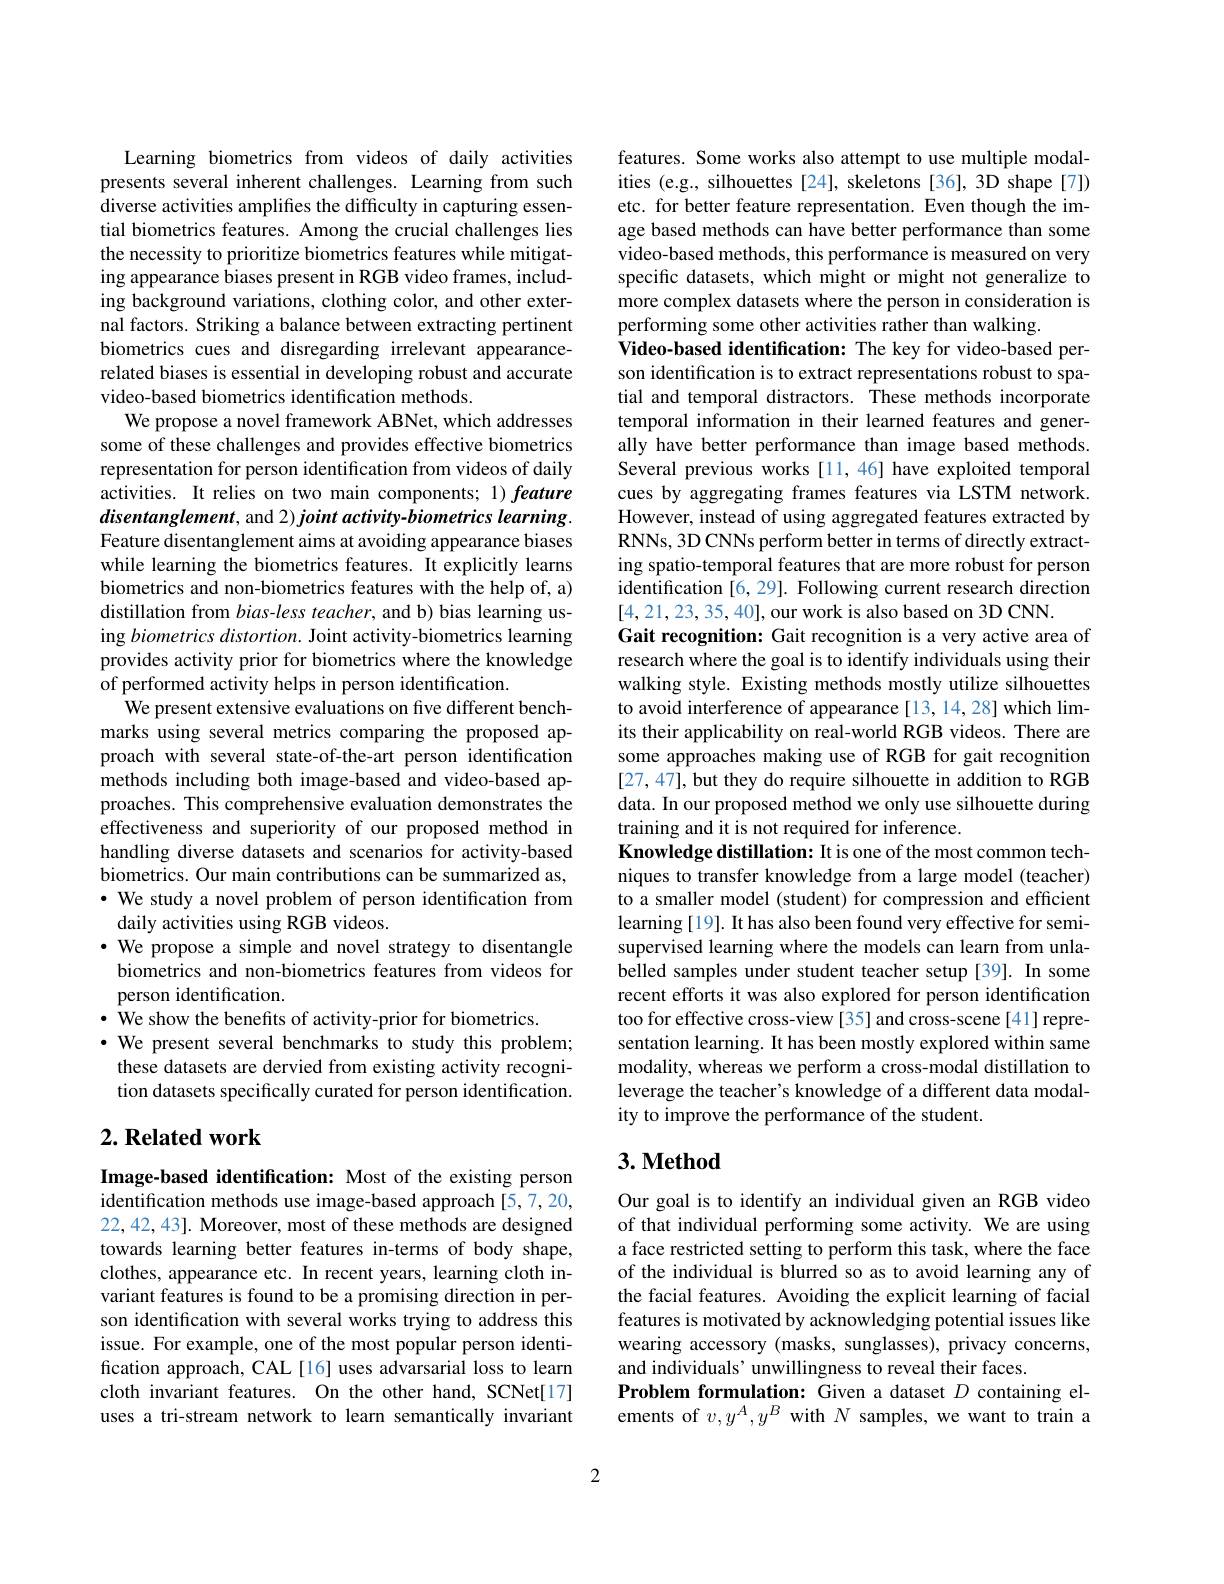
Learning biometrics from videos of daily activities presents several inherent challenges. Learning from such diverse activities amplifies the difficulty in capturing essential biometrics features. Among the crucial challenges lies the necessity to prioritize biometrics features while mitigating appearance biases present in RGB video frames, including background variations, clothing color, and other external factors. Striking a balance between extracting pertinent biometrics cues and disregarding irrelevant appearancerelated biases is essential in developing robust and accurate video-based biometrics identification methods.
We propose a novel framework ABNet, which addresses some of these challenges and provides effective biometrics representation for person identification from videos of daily activities. It relies on two main components; 1) feature disentanglement, and 2) joint activity-biometrics learning. Feature disentanglement aims at avoiding appearance biases while learning the biometrics features. It explicitly learns biometrics and non-biometrics features with the help of, a) distillation from bias-less teacher, and b) bias learning using biometrics distortion. Joint activity-biometrics learning provides activity prior for biometrics where the knowledge of performed activity helps in person identification.
We present extensive evaluations on five different benchmarks using several metrics comparing the proposed approach with several state-of-the-art person identification methods including both image-based and video-based approaches. This comprehensive evaluation demonstrates the effectiveness and superiority of our proposed method in handling diverse datasets and scenarios for activity-based biometrics. Our main contributions can be summarized as, · We study a novel problem of person identification from daily activities using RGB videos.
· We propose a simple and novel strategy to disentangle biometrics and non-biometrics features from videos for person identification.
$\cdot$ We show the benefits of activity-prior for biometrics.
$\cdot$ We present several benchmarks to study this problem; these datasets are dervied from existing activity recognition datasets specifically curated for person identification.

## $2. \textbf{Related work}$

Image-based identification: Most of the existing person identification methods use image-based approach [5,7,20, 22,42,43]. Moreover, most of these methods are designed towards learning better features in-terms of body shape, clothes, appearance etc. In recent years, learning cloth invariant features is found to be a promising direction in person identification with several works trying to address this issue. For example, one of the most popular person identification approach, CAL[16] uses advarsarial loss to learn cloth invariant features. On the other hand, SCNet[17] uses a tri-stream network to learn semantically invariant

features. Some works also attempt to use multiple modalities (e.g., silhouettes [24], skeletons [36], 3D shape [7]) etc. for better feature representation. Even though the image based methods can have better performance than some video-based methods, this performance is measured on very specific datasets, which might or might not generalize to more complex datasets where the person in consideration is performing some other activities rather than walking.
Video-based identification: The key for video-based person identification is to extract representations robust to spatial and temporal distractors. These methods incorporate temporal information in their learned features and generally have better performance than image based methods. Several previous works [11,46] have exploited temporal cues by aggregating frames features via LSTM network. However, instead of using aggregated features extracted by RNNs, 3D CNNs perform better in terms of directly extracting spatio-temporal features that are more robust for person identification [6, 29]. Following current research direction [4,21,23,35,40],our work is also based on 3D CNN.
Gait recognition: Gait recognition is a very active area of research where the goal is to identify individuals using their walking style. Existing methods mostly utilize silhouettes to avoid interference of appearance [13, 14, 28] which limits their applicability on real-world RGB videos. There are some approaches making use of RGB for gait recognition [27,47], but they do require silhouette in addition to RGB data. In our proposed method we only use silhouette during training and it is not required for inference.
Knowledge distillation: It is one of the most common techniques to transfer knowledge from a large model (teacher) to a smaller model (student) for compression and efficient learning [19]. It has also been found very effective for semisupervised learning where the models can learn from unlabelled samples under student teacher setup[39]. In some recent efforts it was also explored for person identification too for effective cross-view [35] and cross-scene [41] representation learning. It has been mostly explored within same modality, whereas we perform a cross-modal distillation to leverage the teacher's knowledge of a different data modality to improve the performance of the student.

## $3. \textbf{Method}$

Our goal is to identify an individual given an RGB video of that individual performing some activity. We are using a face restricted setting to perform this task, where the face of the individual is blurred so as to avoid learning any of the facial features. Avoiding the explicit learning of facial features is motivated by acknowledging potential issues like wearing accessory (masks, sunglasses), privacy concerns, and individuals’ unwillingness to reveal their faces.
Problem formulation: Given a dataset $D$ containing elements of $v,y^A,y^B$ with $N$ samples, we want to train a

2